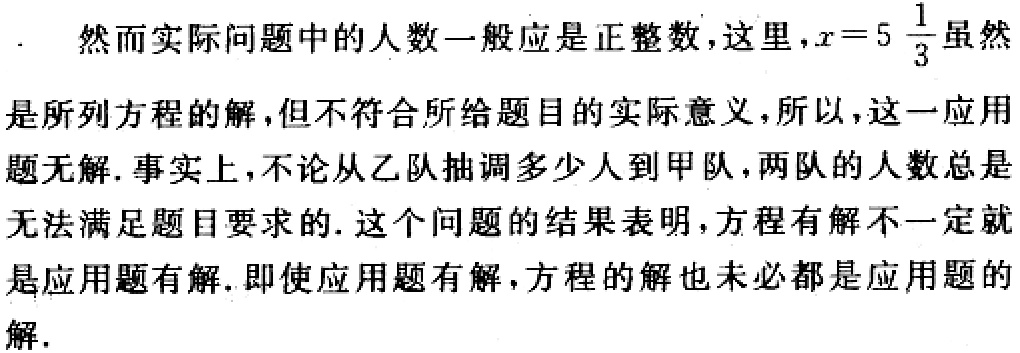
然而实际问题中的人数一般应是正整数,这里，\(x = 5\frac{1}{3}\)虽然是所列方程的解,但不符合所给题目的实际意义,所以，这一应用题无解.事实上,不论从乙队抽调多少人到甲队，两队的人数总是无法满足题目要求的.这个问题的结果表明，方程有解不一定就是应用题有解.即使应用题有解，方程的解也未必都是应用题的解.